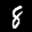
Label: 8